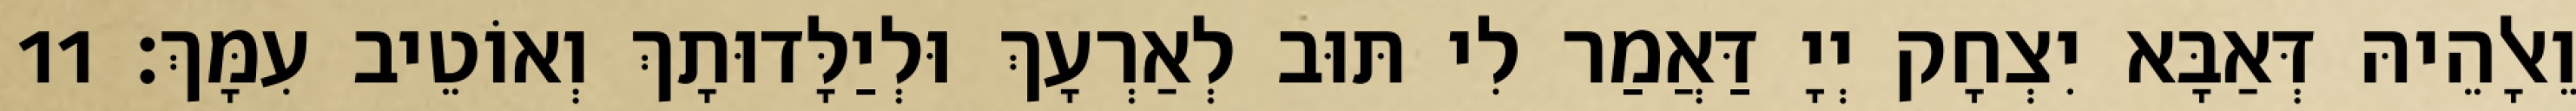
וֵאלָהֵיהּ דְּאַבָּא יִצְחָק יְיָ דַּאֲמַר לִי תּוּב לְאַרְעָךְ וּלְיַלָּדוּתָךְ וְאוֹטֵיב עִמָּךְ׃ 11